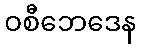
ဝစီဘေဒေန